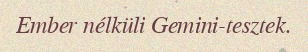
Ember nélküli Gemini-tesztek.